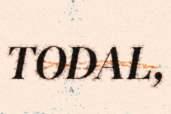
TODAL,